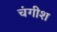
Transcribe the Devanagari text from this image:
चंगीश